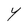
Character: Y